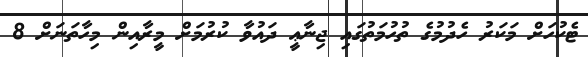
ޓެކުހަށް މަކަރު ހެދުމުގެ ތުހުމަތުގައި ޖިނާޢީ ދައުވާ ކުރުމަށް މީރާއިން މިހާތަނަށް 8